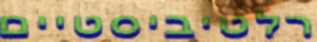
רלטיביסטיים